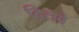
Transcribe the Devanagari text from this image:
दिसवे